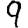
Digit: 9